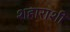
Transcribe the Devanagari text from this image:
शहाराशी